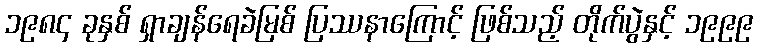
၁၉၈၄ ခုနှစ် ရှာချန်ရေခဲမြစ် ပြဿနာကြောင့် ဖြစ်သည့် တိုက်ပွဲနှင့် ၁၉၉၉